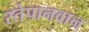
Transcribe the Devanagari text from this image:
स्तेपानवान